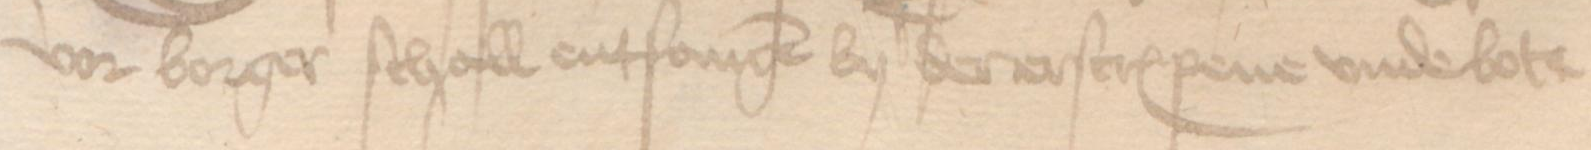
vor borger schall entfangen by der erscreuenen vnde bote